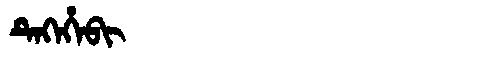
Manchu: ᡨᡝᡴᡝᡥᡝᠪᡳ
Romanization: TEKEHEBI